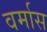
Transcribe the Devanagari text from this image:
वर्मास